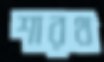
শারথ